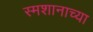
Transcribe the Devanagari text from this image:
स्मशानाच्या